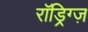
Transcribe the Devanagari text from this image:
रॉड्रिग्ज़